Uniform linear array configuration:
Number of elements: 4
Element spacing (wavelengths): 0.25
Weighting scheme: hamming
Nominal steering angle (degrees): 0
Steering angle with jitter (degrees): -1.597
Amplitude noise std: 0.05
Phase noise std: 0.05

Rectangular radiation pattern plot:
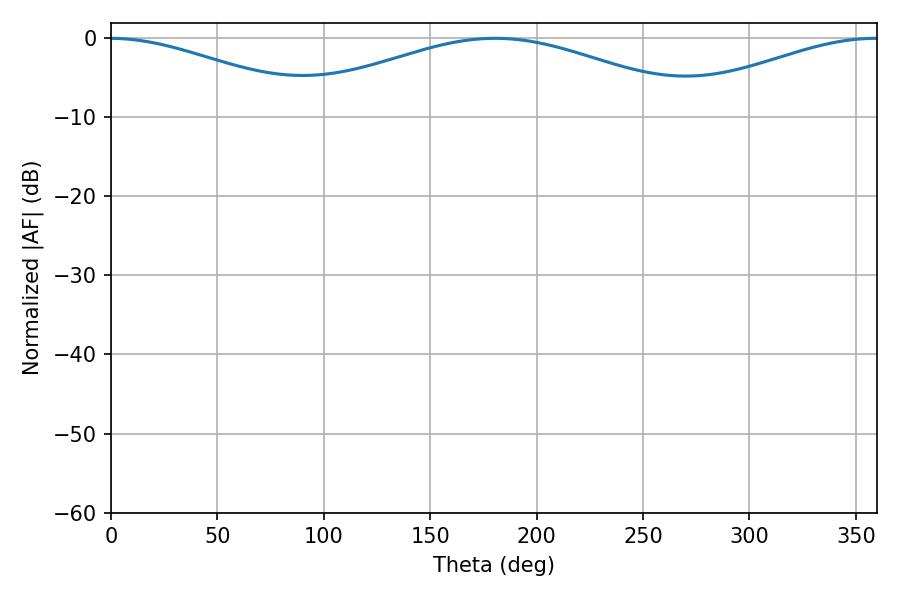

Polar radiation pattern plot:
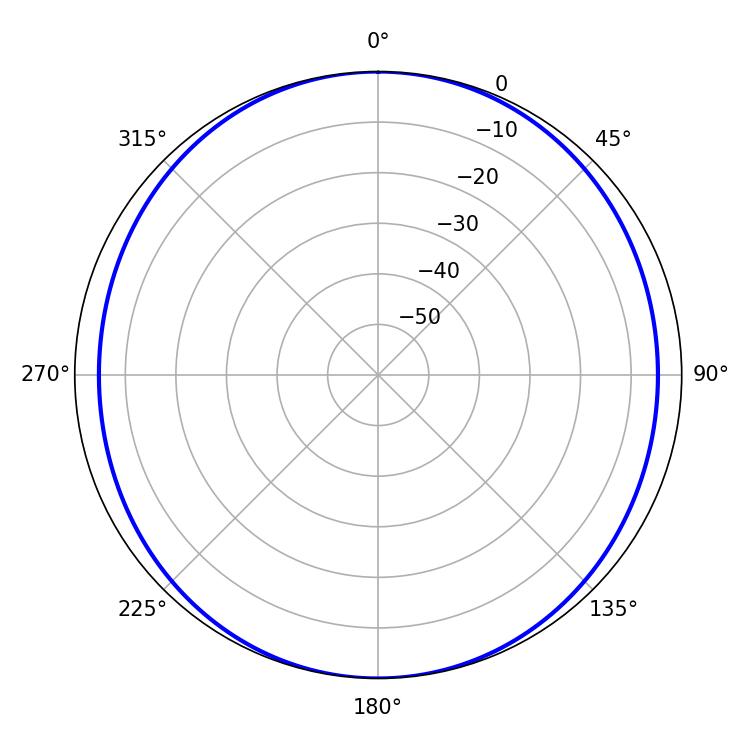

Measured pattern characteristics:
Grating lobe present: FALSE
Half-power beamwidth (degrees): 106.38
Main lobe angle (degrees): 180.54